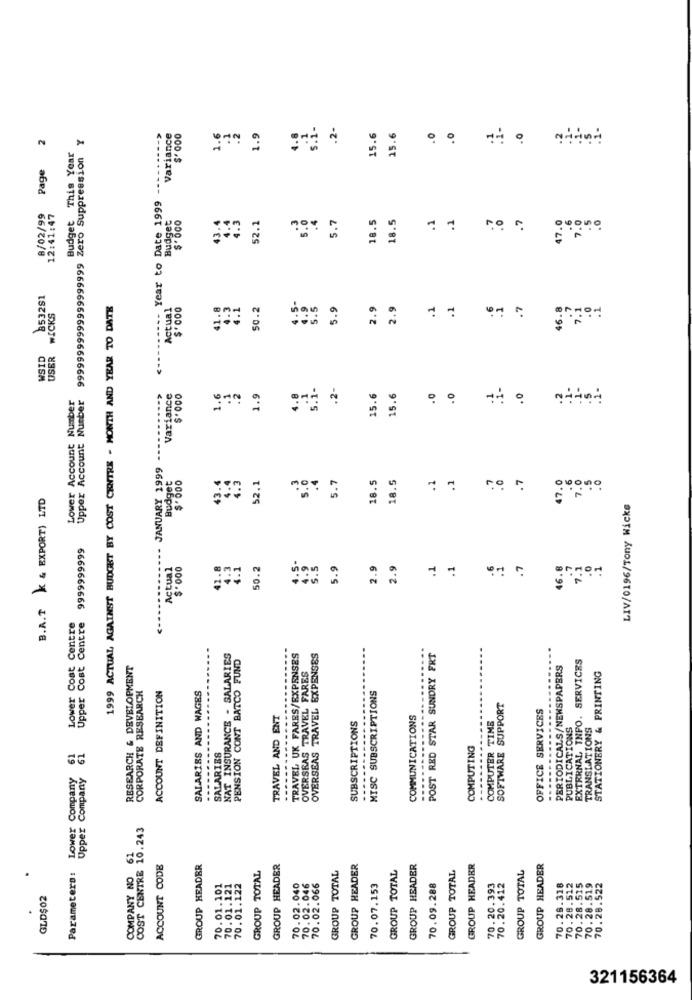
s.i-
.2-
2
Y
Variance
$'000
1.6
.2
1.9
4.8
.1
15.6
15.6
.0
A
Page
Budget This Year
99999999999999999999 Zero Suppression
.--
----- Year to Date 1999
8/02/99
12:41:47
Budget
52.1
.4
5.7
18.5
18.5
.1
. 1
.7
43.
47.0
no
853281
1999 ACTUAL AGAINST BUDGET BY COST CENTRE - MONTH AND YEAR TO DATE
Actual
41.8
4.3
4.1
50.2
.5-
5.5
5.9
2.9
2.9
. 1
7
WICKS
46.8
WSID
USER
S.1-
.2-
Upper Account Number
---------- JANUARY 1999 ---------- >
Variance
1.6
1.9
.1
15.6
15.6
.0
.0
+0
Lower Account Number
Budget
$'000
52.1
.4
5.7
18.5
18.5
. 7
43.
4.5
5.0
47.0
7.
B.A.T k & EXPORT) LTD
LIV/0196/Tony Wicke
9999999999
Actual
$ .000
42.8
4.3
50.2
4.9
S.5
5.9
2.9
2.5
.1
.1
. 7
46.8
7.1
Lower Cost Centre
Upper Cost Centre
NAT INSURANCE - SALARIES
PENSION CONT BATCO FUND
TRAVEL UK FARES/EXPENSES
OVERSEAS TRAVEL EXPENSES
POST RED STAR SUNDRY FRT
EXTRRNAL INFO. SERVICES
RESEARCH & DEVELOPMENT
PERIODICALS/NEWSPAPERS
OVERSEAS TRAVEL FARES
STATIONERY & PRINTING
CORPORATE RESEARCH
ACCOUNT DEFINITION
MISC SUBSCRIPTIONS
SALARIES AND WAGES
SOFTWARE SUPPORT
OFFICE SERVICES
TRAVEL AND ENT
SUBSCRIPTIONS
COMMUNICATIONS
COMPUTER TIME
PUBLICATIONS
TRANSLATIONS
COMPUTING
....
Lower Company 61
SALARIES
Upper Company
TRE 10.243
Parameters:
COMPANY NO
COST CENTRE
ACCOUNT CODE
GROUP HEADER
GROUP TOTAL
GROUP HEADER
GROUP TOTAL
GROUP HEADER
GROUP TOTAL
GROUP HEADER
GROUP TOTAL
GROUP HEADER
GROUP TOTAL
GROUP HEADER
70.28.512
70.28.515
70.28.519
70.28.522
70.01.101
70.01.121
70.01.122
70.02.040
70.02.046
70.02.066
70.07.153
70.09.288
70.20.393
70.20.412
70.26.318
GLD$02
321156364